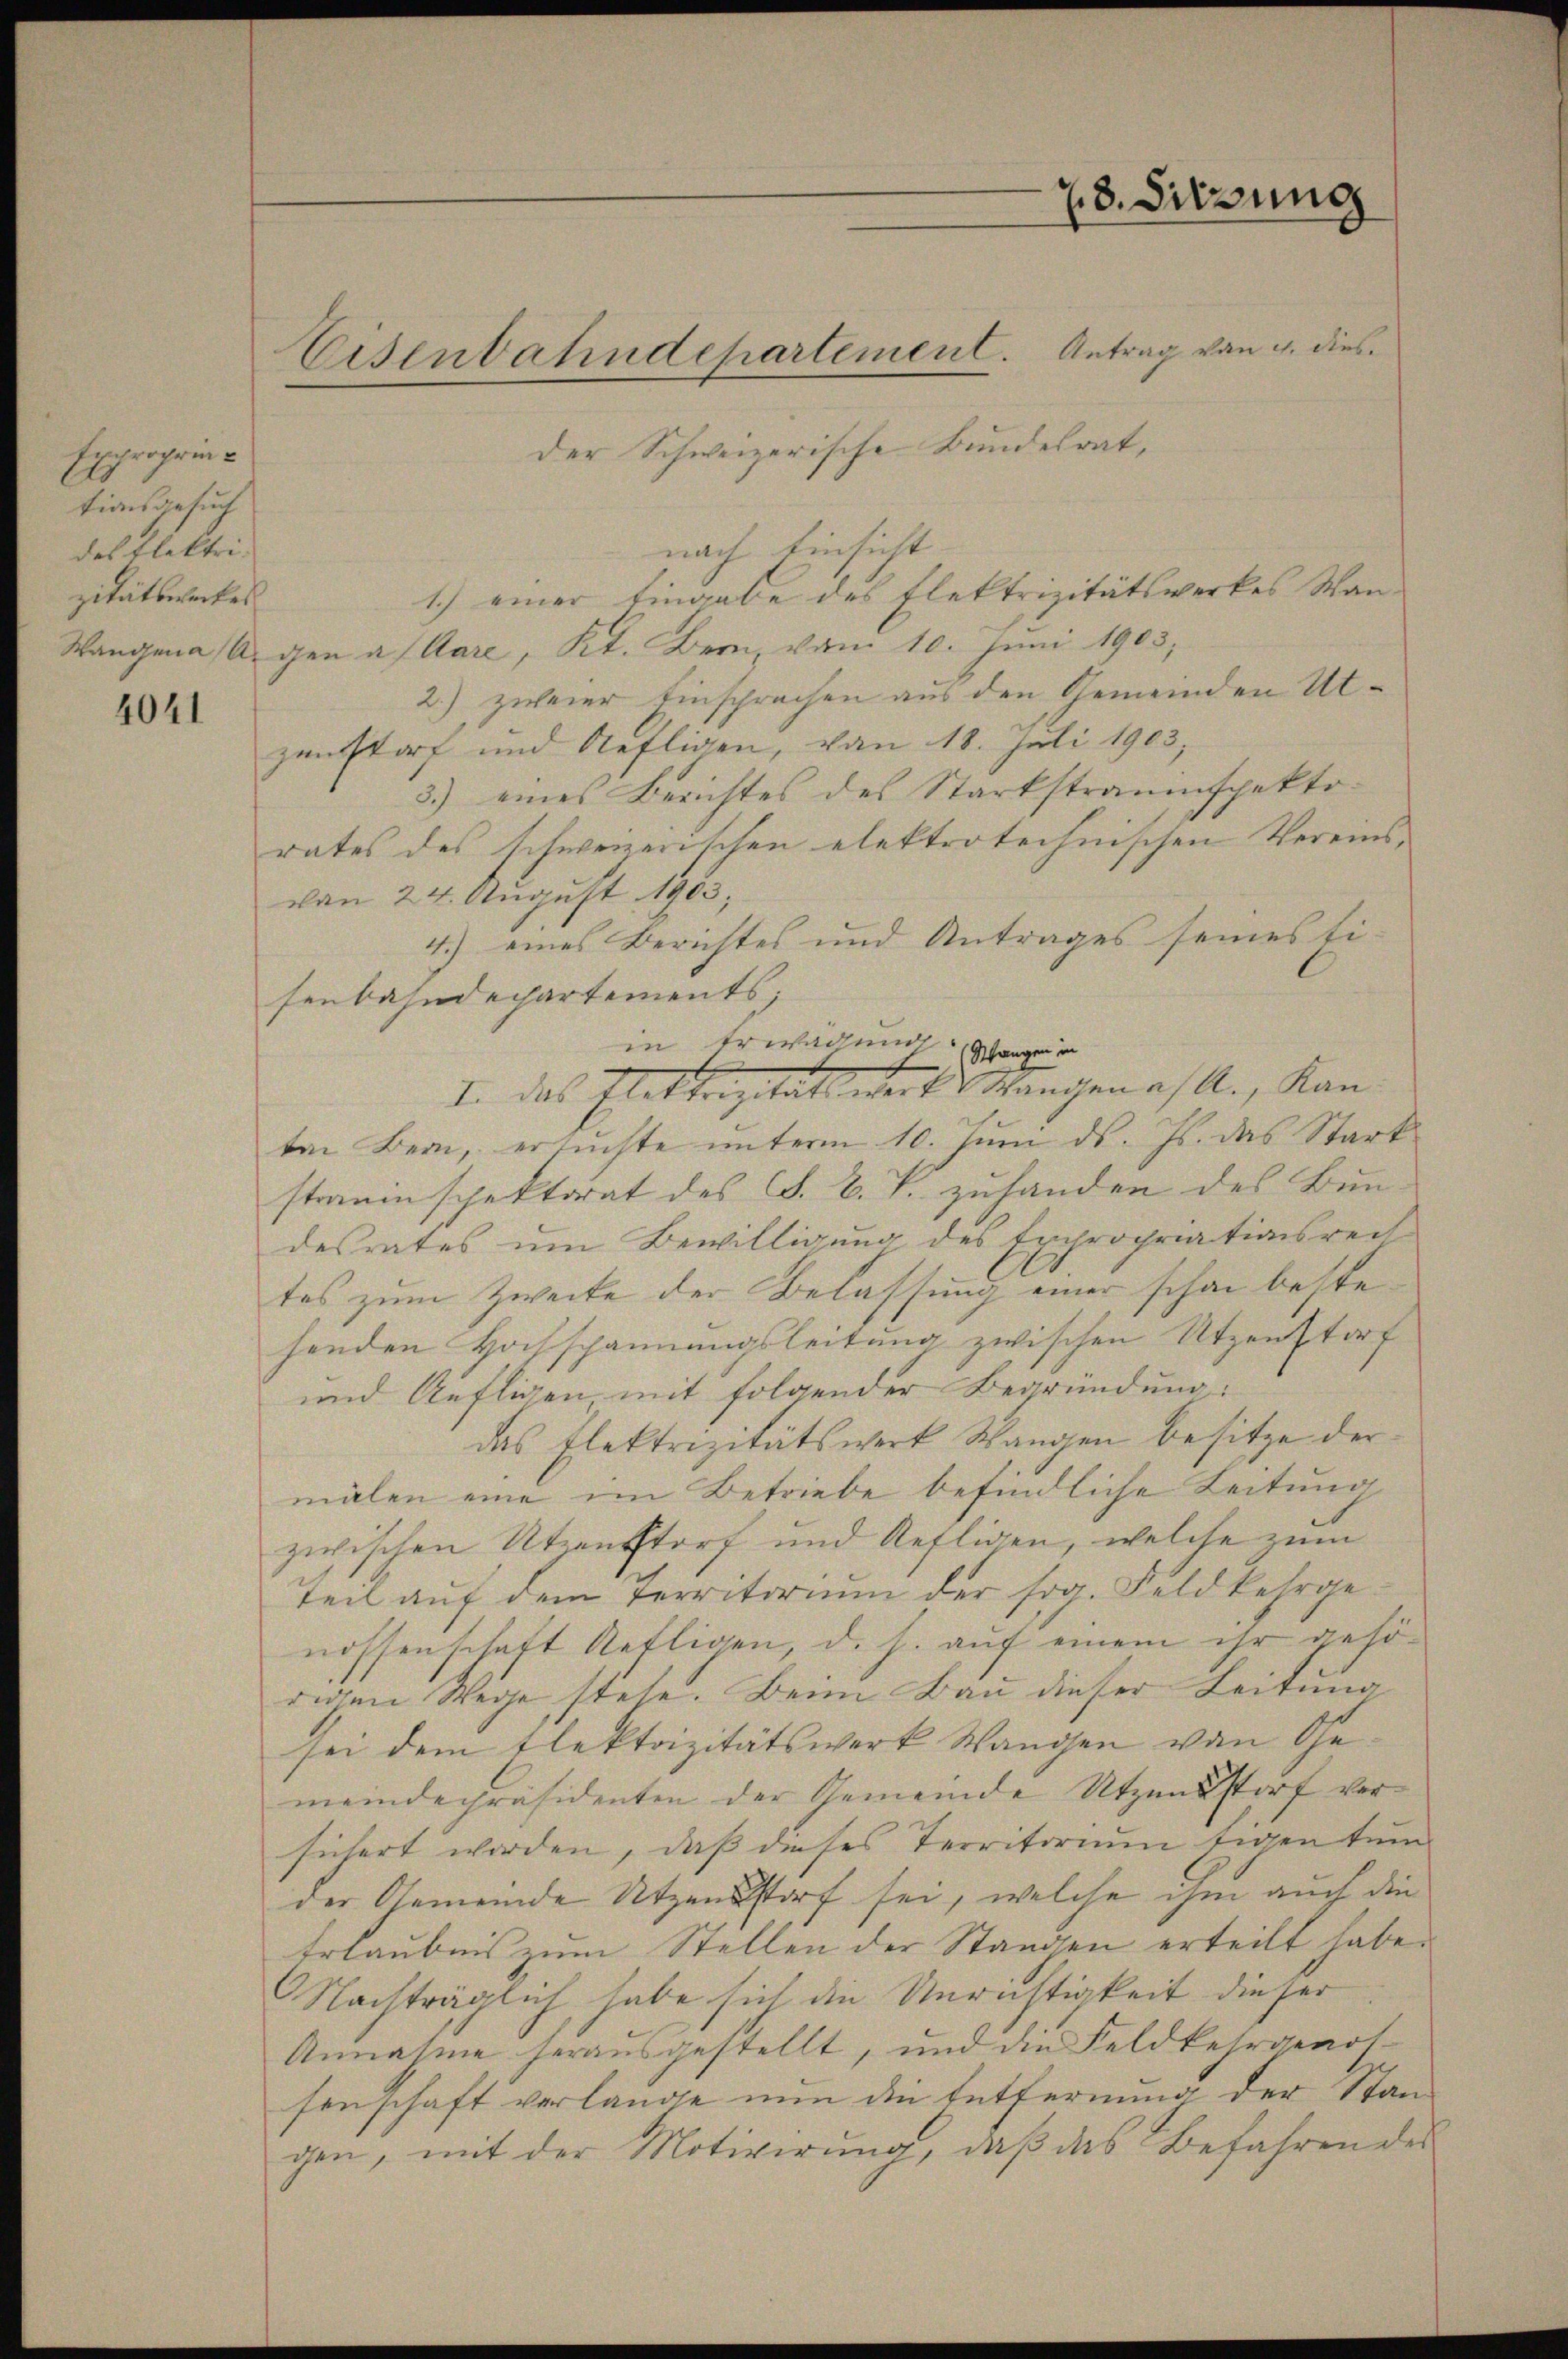
Exproprintionsgesuch
des Elektrizitätswerkes

4041

der Schweizerische Bundesrat,
nach Einsicht
1.) einer Eingabe des Flektrizitätswerkes Wan¬
Wangene Angen a/Aare, Kt. Bern, vom 10. Juni 1903;
2.) zweier Einsprachen aus den Gemeinden Utzenstorf und Aefligen, von 18. Juli 1903,
3.) eines Berichtes des Starkstraumspektorates des schweizerischen elektrotechnischen Vereinsvon 24. August 1903,
4.) eines Berichtes und Antrages seines ti-
senbahndechartements;
in Erwägung. Wangen in
I. das Elektrizitätswert Mangen a/A., Kan
ten Bern, ersuchte unterm 10. Juni d. Js. das Stark
straum spektorat des S. B. P. zuhanden des Bundesrates um Bewilligung des Expropriationsrech
tes zum Zweite der Belassung einer schon bestehenden Hochschannungsleitung zwischen Utzenstorf
und Aufligen mit folgender Begründung:
das Elektrizitätswerk Wangen besitze der
malen eine im Betriebe befindliche Leitung
zwischen Utenstorf und Refligen, welche zum
Teil auf dem Territorium der sog. Feld kehrgenossenschaft Kettigen, d. h. auf einem ihr gehörigen Wege stehe. Beim Bau dieser Leitung
sei dem Elektrizitätswerk Wangen von Gemeindepräsidenten der Gemeinde Utzensstorf versichert worden, daß dieses Territorium tigentum
der Gemeinde Utzensstorf sei, welche ihm auch die
Erlaubnis zum Stellen der Stangen erteilt habe.
Nachträglich habe sich die Unrichtigkeit dieser
Annahme herausgestellt, und die Feldkehrgenossenschaft verlange nun die Entfernung der Stan
gen, mit der Motivirung, daβ das Befahrende

Eisenbahndepartement. Antrag von 4. dies

28. Sitzung

s